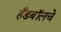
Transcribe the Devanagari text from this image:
हँडबॉलचे